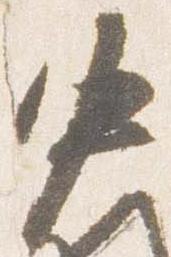
中